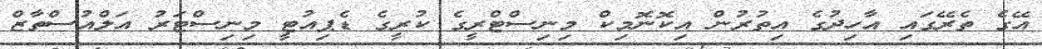
އޭގެ ތެރޭގައި އާހިދުގެ އިތުރުން އިކޮނޮމިކް މިނިސްޓްރީގެ ކުރީގެ ޑެޕިއުޓީ މިނިސްޓަރު އަލްއުސްތާޒް